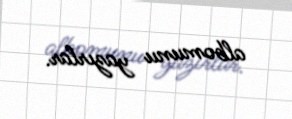
albomunu yazırlar.